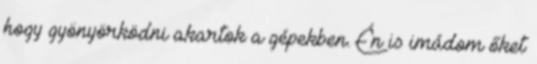
hogy gyönyörködni akartok a gépekben. Én is imádom őket